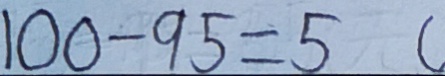
1 0 0 - 9 5 = 5 (